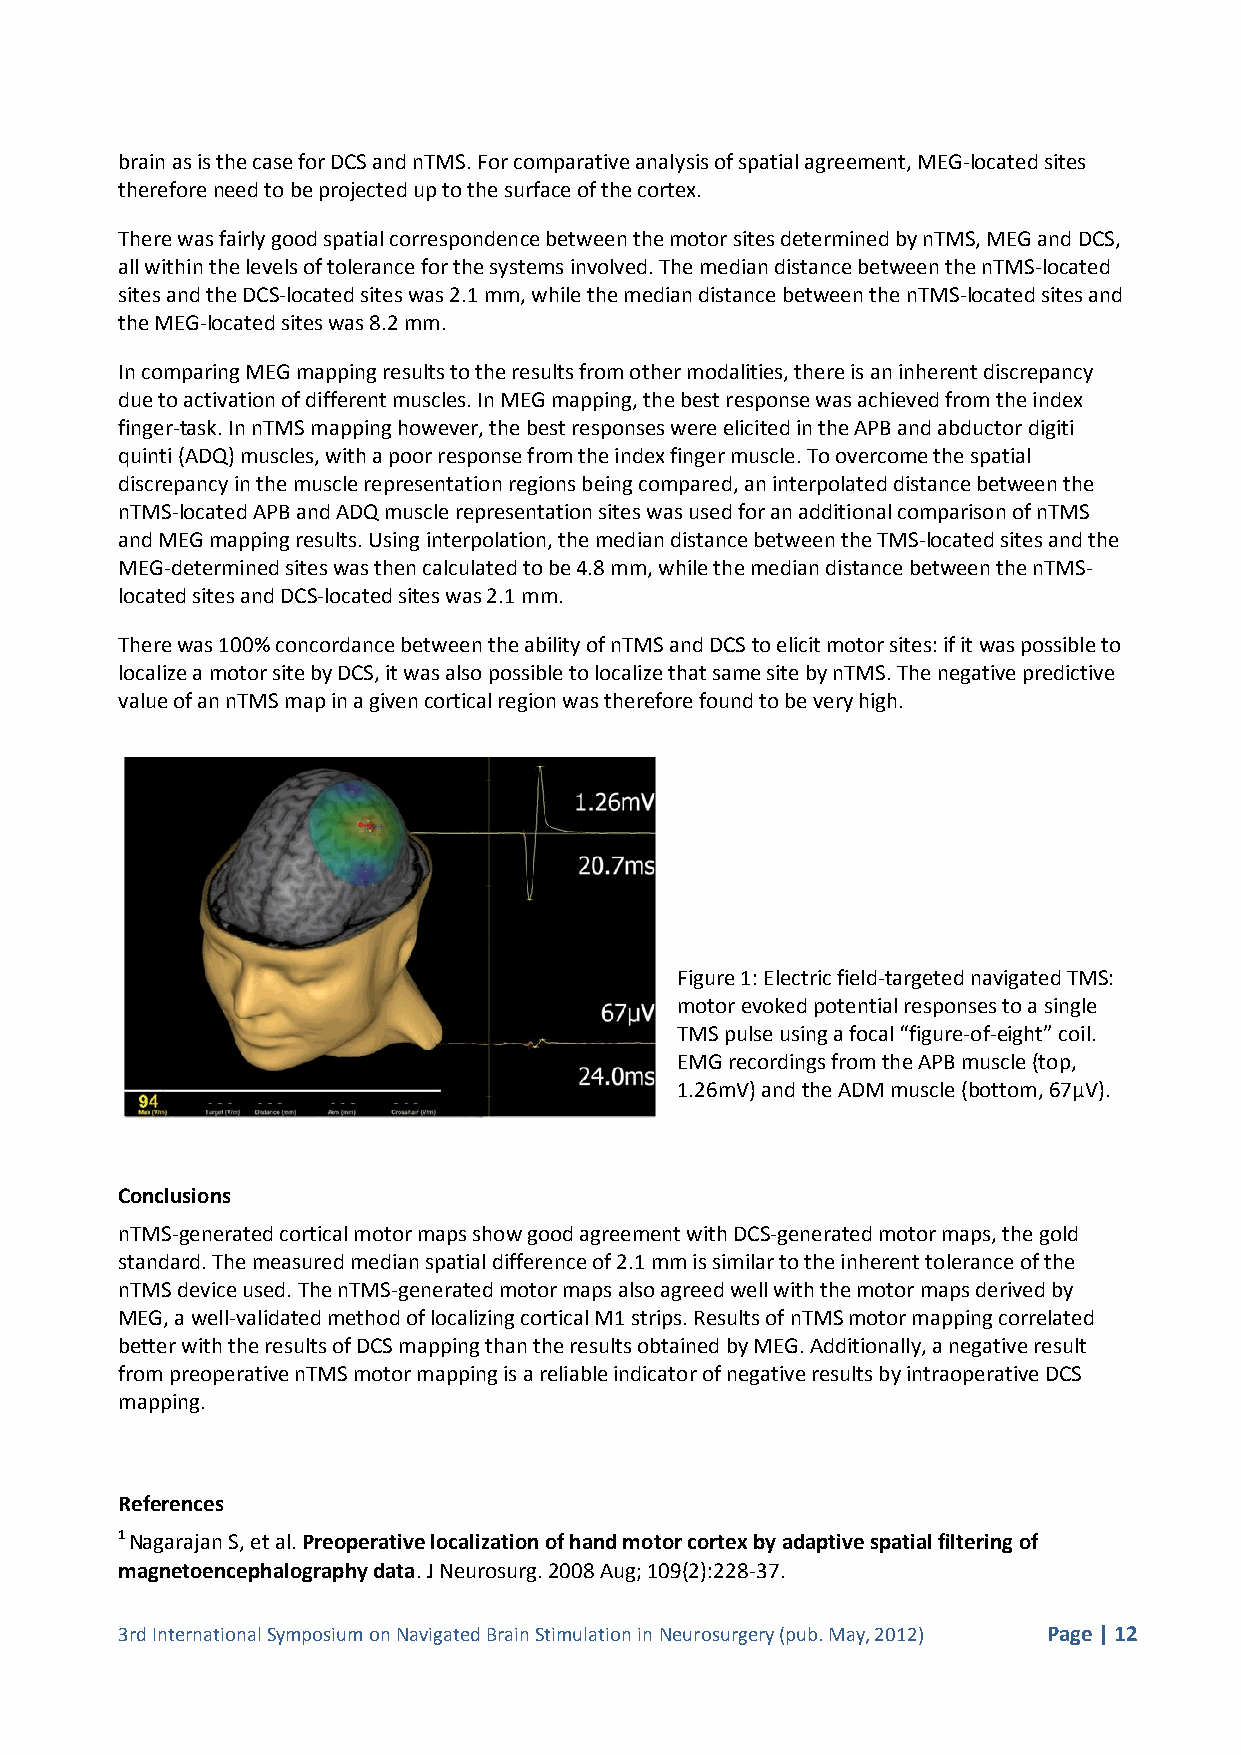
brain as is the case for DCS and nTMS. For comparative analysis of spatial agreement, MEG-located sites
 therefore need to be projected up to the surface of the cortex.
 There was fairly good spatial correspondence between the motor sites determined by nTMS, MEG and DCS,
 all within the levels of tolerance for the systems involved. The median distance between the nTMS-located
 sites and the DCS-located sites was 2.1 mm, while the median distance between the nTMS-located sites and
 the MEG-located sites was 8.2 mm.
 In comparing MEG mapping results to the results from other modalities, there is an inherent discrepancy
 due to activation of different muscles. In MEG mapping, the best response was achieved from the index
 finger-task. In nTMS mapping however, the best responses were elicited in the APB and abductor digiti
 quinti (ADQ) muscles, with a poor response from the index finger muscle. To overcome the spatial
 discrepancy in the muscle representation regions being compared, an interpolated distance between the
 nTMS-located APB and ADQ muscle representation sites was used for an additional comparison of nTMS
 and MEG mapping results. Using interpolation, the median distance between the TMS-located sites and the
 MEG-determined sites was then calculated to be 4.8 mm, while the median distance between the nTMS-
 located sites and DCS-located sites was 2.1 mm.
 There was 100% concordance between the ability of nTMS and DCS to elicit motor sites: if it was possible to
 localize a motor site by DCS, it was also possible to localize that same site by nTMS. The negative predictive
 value of an nTMS map in a given cortical region was therefore found to be very high.
 Figure 1: Electric field-targeted navigated TMS:
 motor evoked potential responses to a single
 TMS pulse using a focal “figure-of-eight” coil.
 EMG recordings from the APB muscle (top,
 1.26mV) and the ADM muscle (bottom, 67µV).
 Conclusions
 nTMS-generated cortical motor maps show good agreement with DCS-generated motor maps, the gold
 standard. The measured median spatial difference of 2.1 mm is similar to the inherent tolerance of the
 nTMS device used. The nTMS-generated motor maps also agreed well with the motor maps derived by
 MEG, a well-validated method of localizing cortical M1 strips. Results of nTMS motor mapping correlated
 better with the results of DCS mapping than the results obtained by MEG. Additionally, a negative result
 from preoperative nTMS motor mapping is a reliable indicator of negative results by intraoperative DCS
 mapping.
 References
 1 Nagarajan S, et al. Preoperative localization of hand motor cortex by adaptive spatial filtering of
 magnetoencephalography data. J Neurosurg. 2008 Aug; 109(2):228-37.
 3rd International Symposium on Navigated Brain Stimulation in Neurosurgery (pub. May, 2012) Page | 12